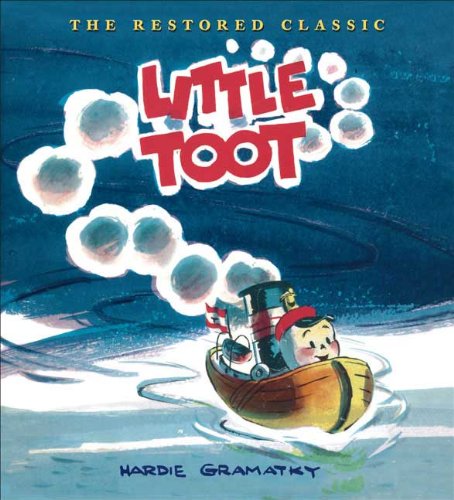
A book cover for Little Toot; Hardie Gramatky; Children's Books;